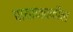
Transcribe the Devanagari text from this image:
पायाजवळील